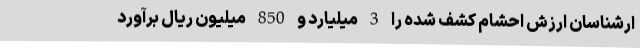
ارشناسان ارزش احشام کشف شده را 3 میلیارد و 850 میلیون ریال برآورد